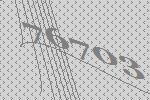
76703